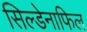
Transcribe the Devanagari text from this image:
सिल्डेनाफिल